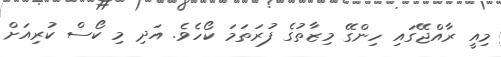
މިއީ ރާއްޖޭގައި ހިންގޭ މިޒާތުގެ ފުރަތަމަ ކޯހެވެ. އަދި މި ކޯސް ކުރިއަށް